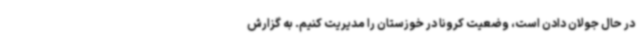
در حال جولان دادن است، وضعیت کرونا در خوزستان را مدیریت کنیم. به گزارش